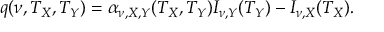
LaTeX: q ( \nu , T _ { X } , T _ { Y } ) = \alpha _ { \nu , X , Y } ( T _ { X } , T _ { Y } ) I _ { \nu , Y } ( T _ { Y } ) - I _ { \nu , X } ( T _ { X } ) .